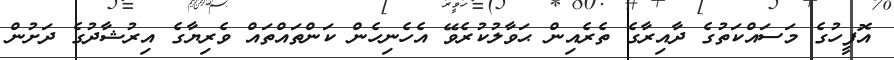
އޮފީހުގެ މަސައްކަތުގެ ދާއިރާގެ ތެރެއިން ޙަވާލުކުރެވޭ އެހެނިހެން ކަންތައްތައް ވެރިޔާގެ އިރުޝާދުގެ ދަށުން